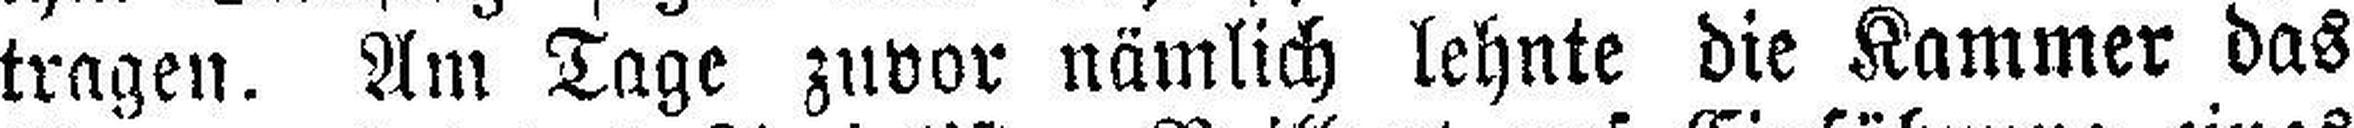
tragen. Am Tage zuvor nämlich lehnte die Kammer das